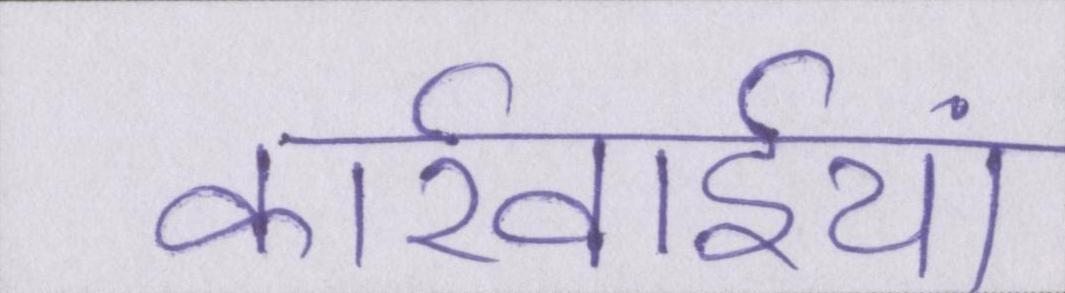
कार्रवाईयां